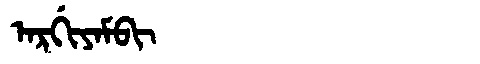
Manchu: ᠠᡵᡤᡳᠶᠠᠮᠪᡳ
Romanization: ARGIYAMBI